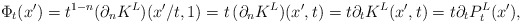
\begin{align*}\Phi_t(x') = t^{1-n} (\partial_n K^L)(x'/t, 1)= t \, (\partial_n K^L)(x', t) = t \partial_t K^L(x', t) = t \partial_t P_t^L(x'), \end{align*}